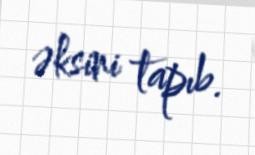
əksini tapıb.